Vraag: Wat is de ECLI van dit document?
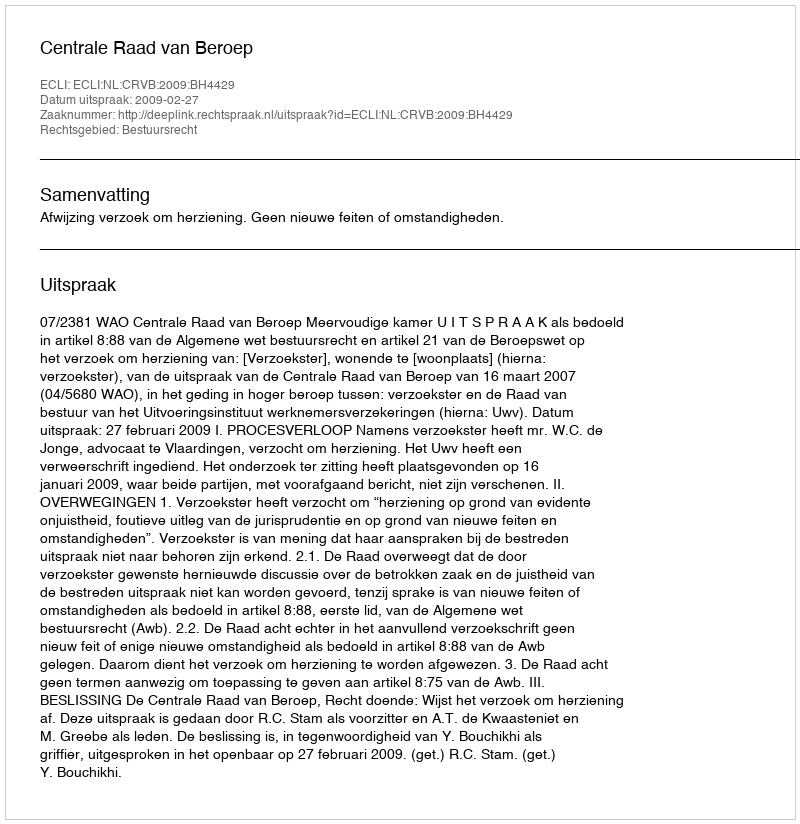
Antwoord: ECLI:NL:CRVB:2009:BH4429